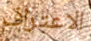
الاعتراف